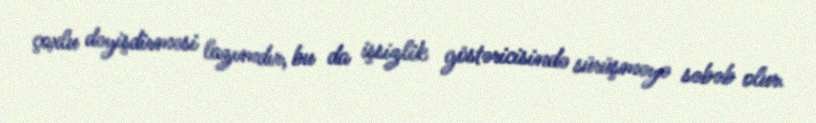
çoxlu dəyişdirməsi lazımdır, bu da işsizlik göstəricisində sürüşməyə səbəb olur.